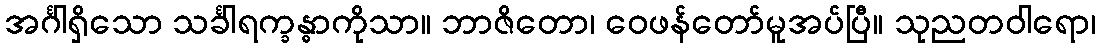
အင်္ဂါရှိသော သင်္ခါရက္ခန္ဓာကိုသာ။ ဘာဇိတော၊ ဝေဖန်တော်မူအပ်ပြီ။ သုညတဝါရော၊